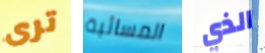
ترى المسائية الذي